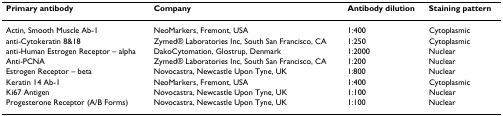
<table><thead><tr><td><b>Primary antibody</b></td><td><b>Company</b></td><td><b>Antibody dilution</b></td><td><b>Staining pattern</b></td></tr></thead><tbody><tr><td>Actin, Smooth Muscle Ab-1</td><td>NeoMarkers, Fremont, USA</td><td>1:400</td><td>Cytoplasmic</td></tr><tr><td>anti-Cytokeratin 8&amp;18</td><td>Zymed® Laboratories Inc, South San Francisco, CA</td><td>1:250</td><td>Cytoplasmic</td></tr><tr><td>anti-Human Estrogen Receptor – alpha</td><td>DakoCytomation, Glostrup, Denmark</td><td>1:2000</td><td>Nuclear</td></tr><tr><td>Anti-PCNA</td><td>Zymed® Laboratories Inc, South San Francisco, CA</td><td>1:200</td><td>Nuclear</td></tr><tr><td>Estrogen Receptor – beta</td><td>Novocastra, Newcastle Upon Tyne, UK</td><td>1:800</td><td>Nuclear</td></tr><tr><td>Keratin 14 Ab-1</td><td>NeoMarkers, Fremont, USA</td><td>1:400</td><td>Cytoplasmic</td></tr><tr><td>Ki67 Antigen</td><td>Novocastra, Newcastle Upon Tyne, UK</td><td>1:100</td><td>Nuclear</td></tr><tr><td>Progesterone Receptor (A/B Forms)</td><td>Novocastra, Newcastle Upon Tyne, UK</td><td>1:100</td><td>Nuclear</td></tr></tbody></table>